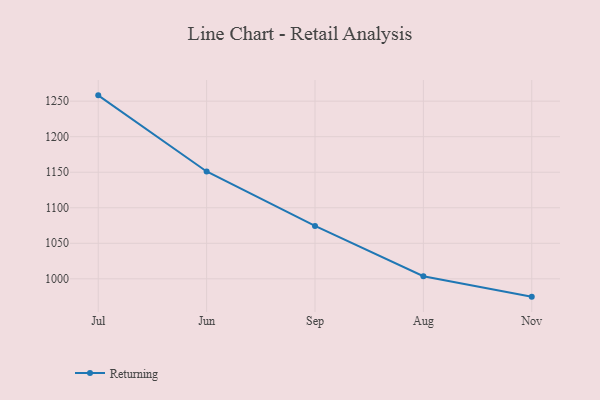
{"axis": {"x": "Month", "y": "Customer Acquisition Cost (USD)"}, "legend": ["Returning"], "data": [{"x": "Jul", "y": 1258.2, "type": "Returning"}, {"x": "Jun", "y": 1151.1, "type": "Returning"}, {"x": "Sep", "y": 1074.5, "type": "Returning"}, {"x": "Aug", "y": 1003.7, "type": "Returning"}, {"x": "Nov", "y": 974.9, "type": "Returning"}]}